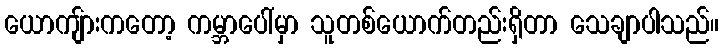
ယောကျ်ားကတော့ ကမ္ဘာပေါ်မှာ သူတစ်ယောက်တည်းရှိတာ သေချာပါသည်။